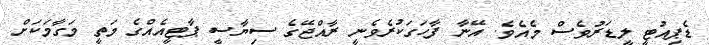
ޑެޕިއުޓީ ލީޑަރުވެސް މެއެވެ. އޭނާ ފާހަގަކުރެވެނީ ރާއްޖޭގެ ސިޔާސީ ޕާޓީއެއްގެ މަތީ މަގާމަކަށް